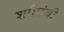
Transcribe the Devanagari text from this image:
शरीरांची